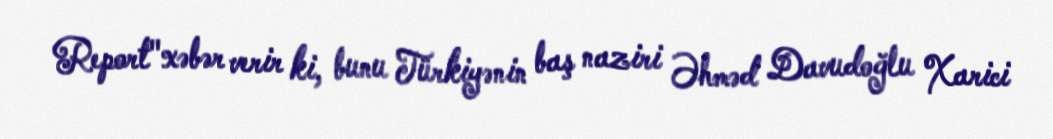
Report"xəbər verir ki, bunu Türkiyənin baş naziri Əhməd Davudoğlu Xarici